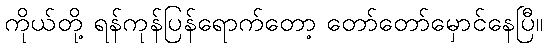
ကိုယ်တို့ ရန်ကုန်ပြန်ရောက်တော့ တော်တော်မှောင်နေပြီ။